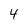
Character: 4